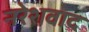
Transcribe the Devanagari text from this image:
नरेशवाद